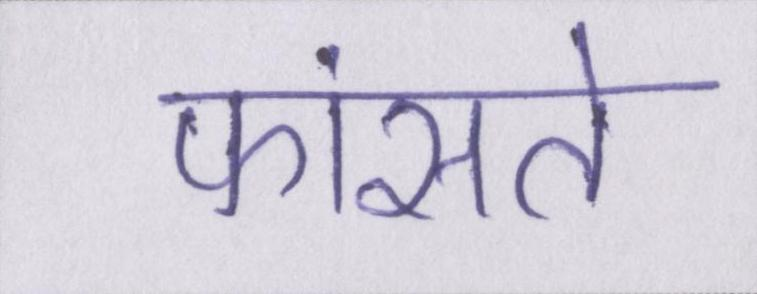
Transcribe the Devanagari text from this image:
फांसते